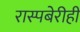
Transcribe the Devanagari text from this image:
रास्पबेरीही